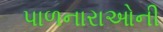
પાળનારાઓની